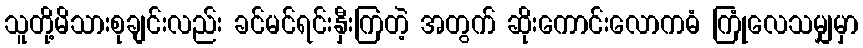
သူတို့မိသားစုချင်းလည်း ခင်မင်ရင်းနှီးကြတဲ့ အတွက် ဆိုးကောင်းလောကဓံ ကြုံလေသမျှမှာ